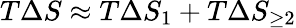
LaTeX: T\Delta S\approx T\Delta S_{1}+T\Delta S_{\geq 2}